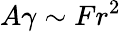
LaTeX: A\gamma\sim Fr^{2}